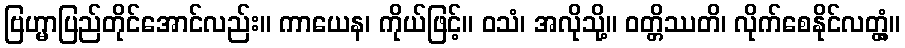
ဗြဟ္မာပြည်တိုင်အောင်လည်း။ ကာယေန၊ ကိုယ်ဖြင့်။ ဝသံ၊ အလိုသို့။ ဝတ္တိဿတိ၊ လိုက်စေနိုင်လတ္တံ့။